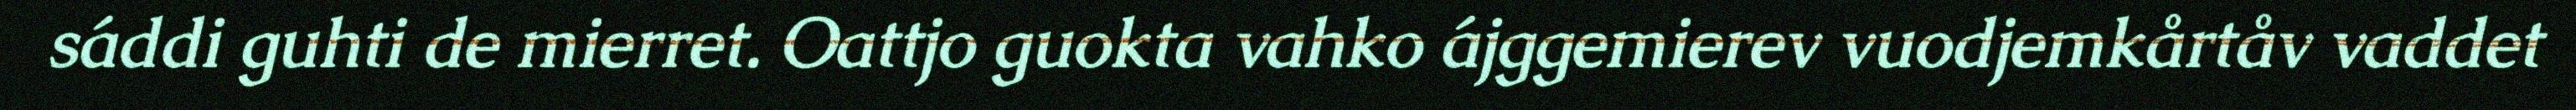
sáddi guhti de mierret. Oattjo guokta vahko ájggemierev vuodjemkårtåv vaddet